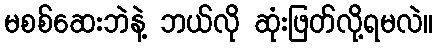
မစစ်ဆေးဘဲနဲ့ ဘယ်လို ဆုံးဖြတ်လို့ရမလဲ။